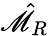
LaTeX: \hat{\mathscr{M}}_{R}